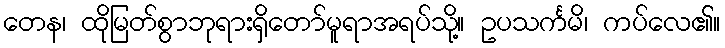
တေန၊ ထိုမြတ်စွာဘုရားရှိတော်မူရာအရပ်သို့။ ဥပသင်္ကမိ၊ ကပ်လေ၏။